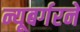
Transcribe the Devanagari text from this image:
न्यूबर्गरने